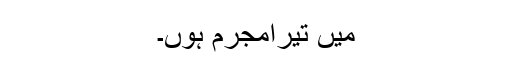
میں تیرامجرم ہوں۔